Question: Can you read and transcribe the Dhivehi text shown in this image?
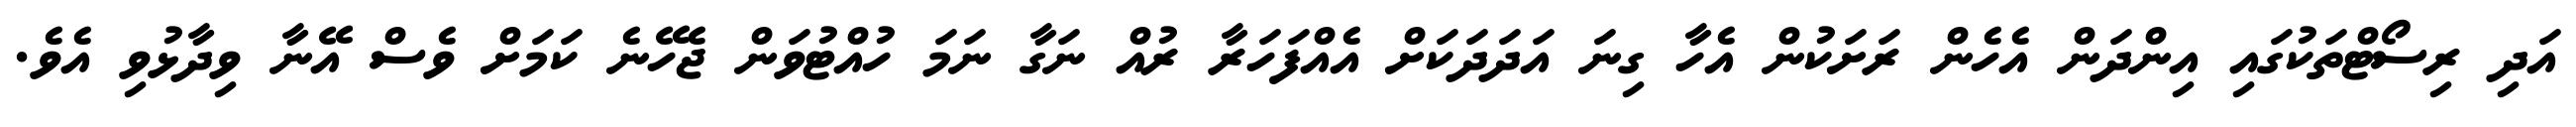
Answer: އަދި ރިސޯޓްތަކުގައި އިންދަން އެހެން ރަށަކުން އެހާ ގިނަ އަދަދަކަށް އެއްފަހަރާ ރުއް ނަގާ ނަމަ ހުއްޓުވަން ޖެހޭނެ ކަމަށް ވެސް އޭނާ ވިދާޅުވި އެވެ.